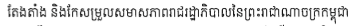
តែងតាំង និងកែសម្រួលសមាសភាពរាជរដ្ឋាភិបាលនៃព្រះរាជាណាចក្រកម្ពុជា